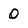
Character: 0